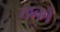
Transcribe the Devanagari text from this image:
ताकौ